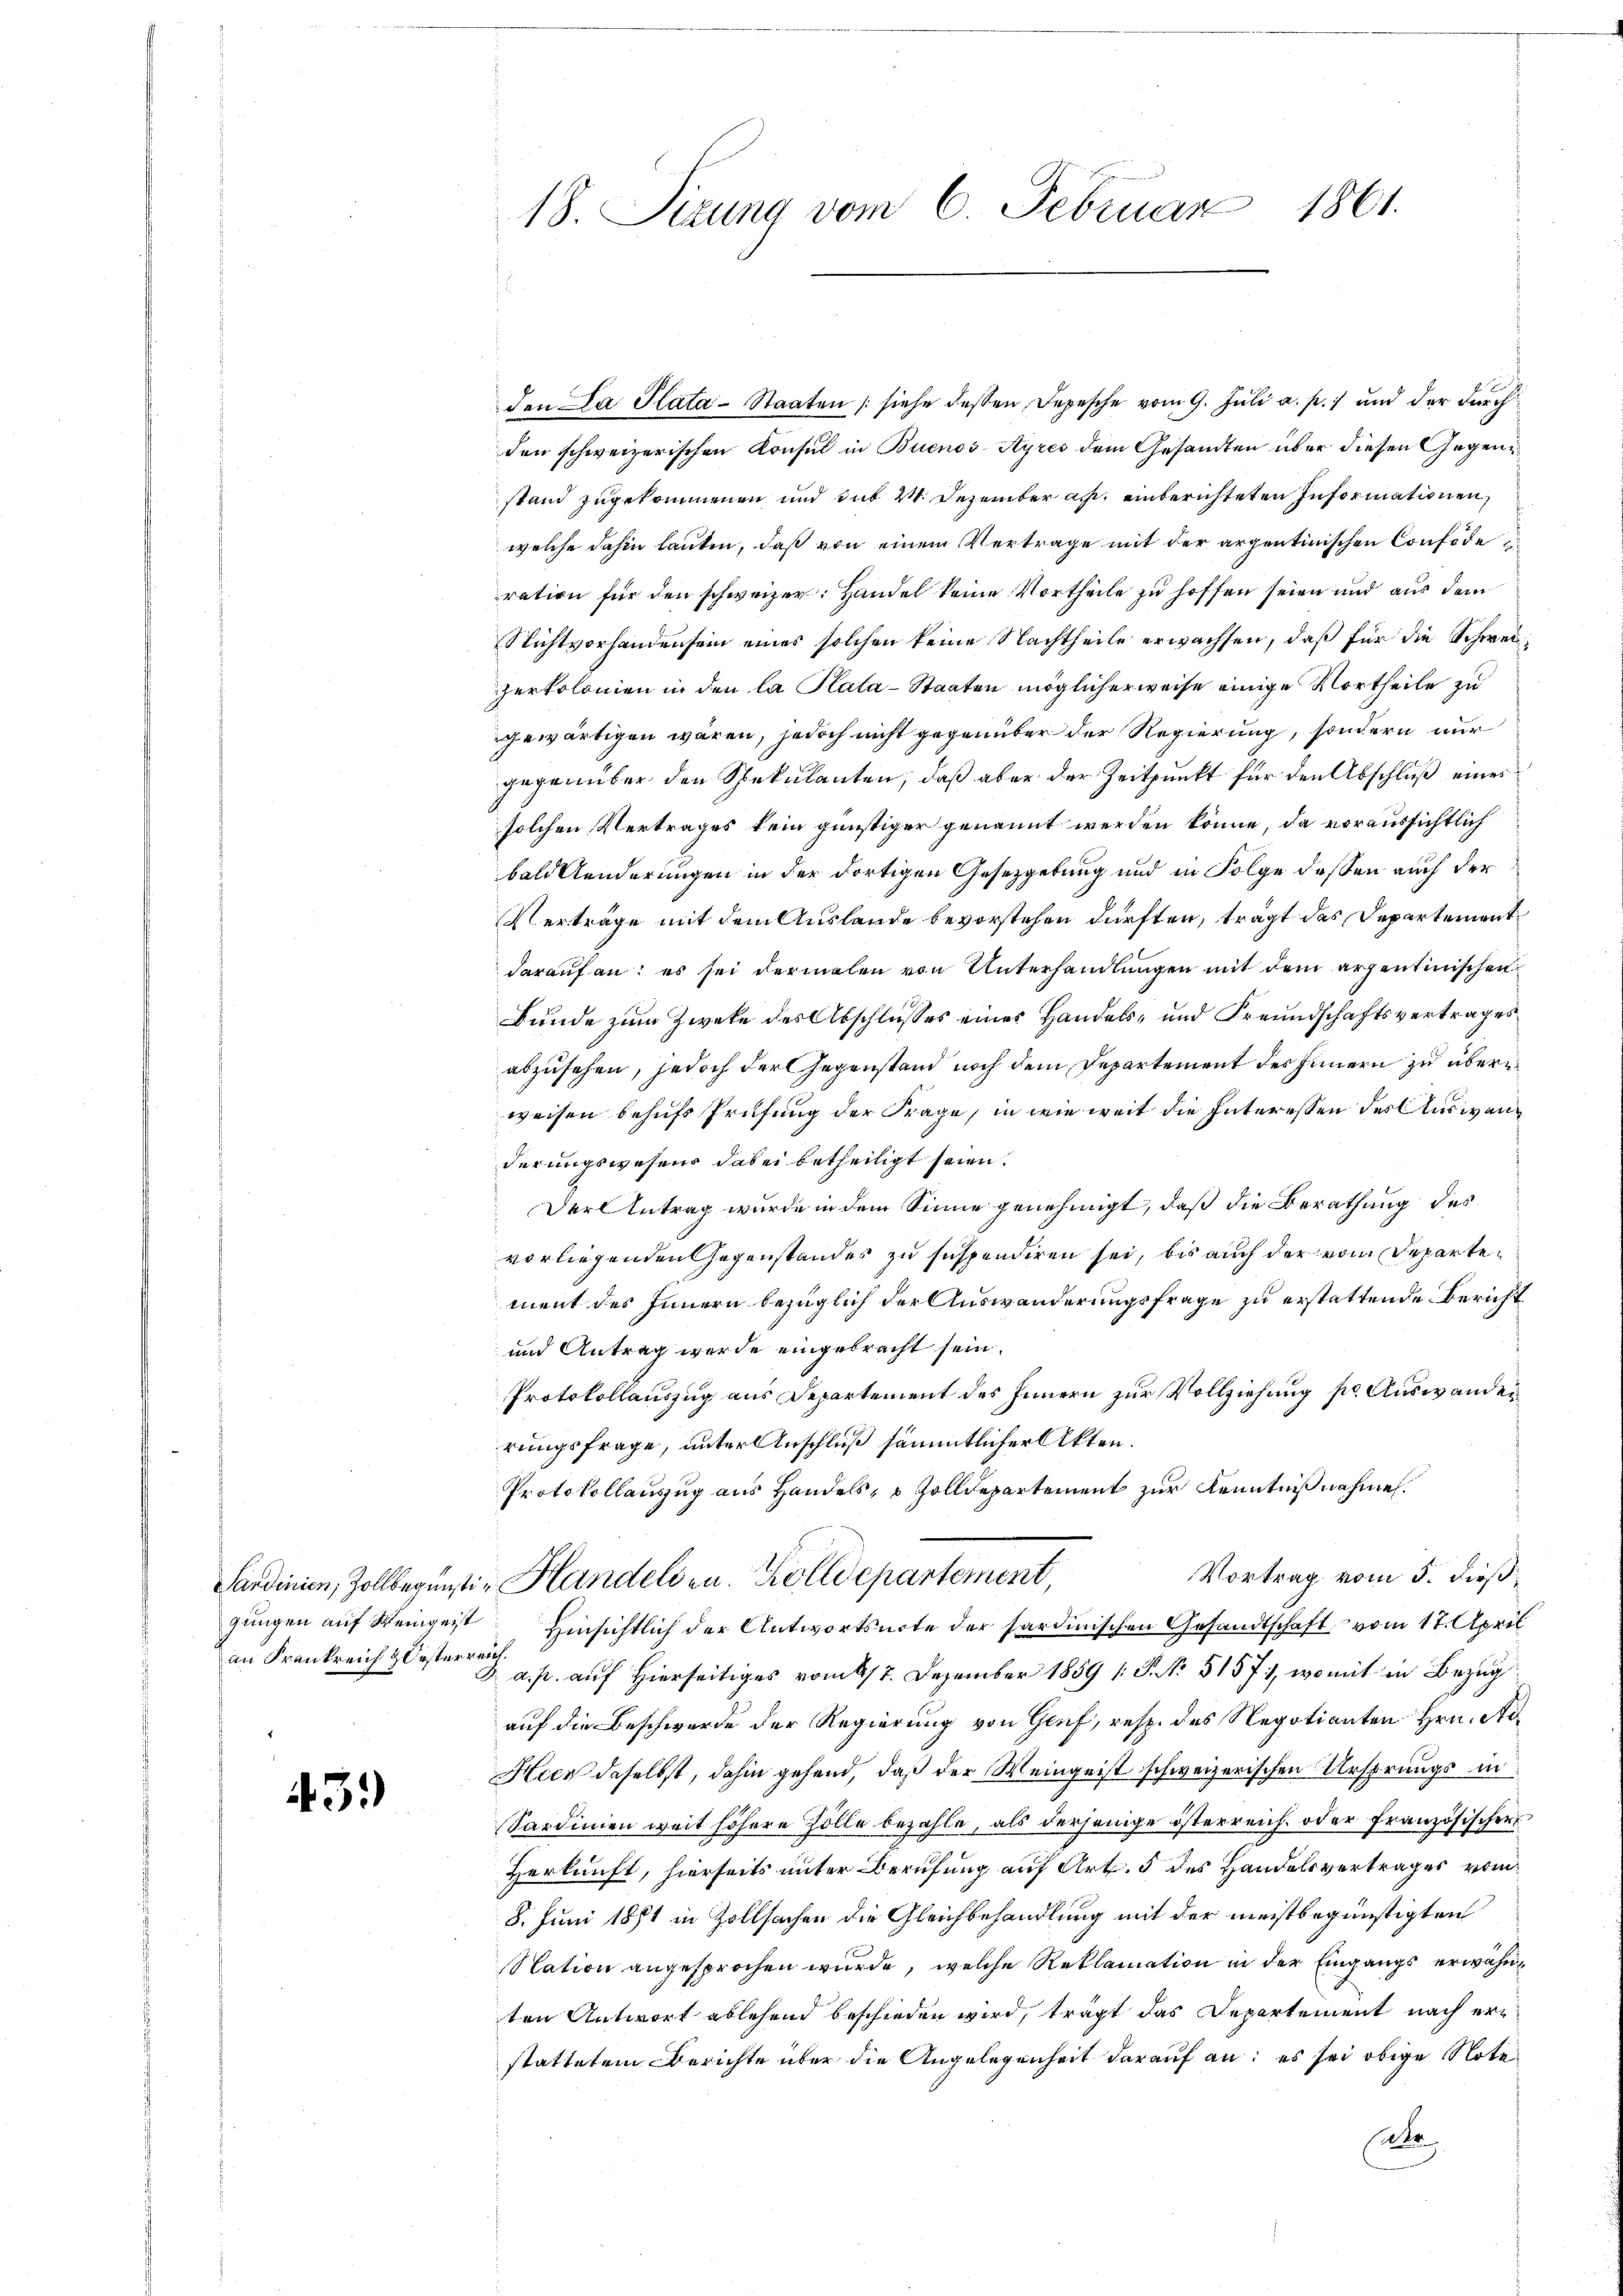
an Frankreich & Oesterreich.

43.)

18. Sizung vom 6. Februar 1861.

den a Plata-Staaten (siehe dessen Depesche vom 9. Juli a. p.) und der durch
den schweizerischen Konsul in Buenos-Ayres dem Gesandten über diesen Gegenstand zugekommenen und sub 2. Dezember a. einberichteten Informationen,
welche dahin lauten, daß von einem Vertrage mit der argentinischen Confode
ration für den schweizer: Handel keine Vortheile zu hoffen seien und aus dem
Nichtvorhanden sein eines solchen keine Nachtheile erwachsen, daß für die Schweizerkolonien in den la Plata-Staaten möglicherweise einige Vortheile zu
gewärtigen wären, jedoch nicht gegenüber der Regierung, sondern nur
gegenüber den Spekulanten, daß aber der Zeitpunkt für den Abschluß eines
solchen Vertrages kein günstiger genannt werden könne, da voraussichtlich
bald Aenderungen in der dortigen Gesetzgebung und in Folge dessen auch der
Verträge mit dem Auslande bevorstehen dürften, trägt das Departementdarauf an: es sei dermalen von Unterhandlungen mit dem erzentinischen
Bunde zum Zwecke des Abschlusses eines Handels- und Freundschaftsvertrages
abzusehen, jedoch der Gegenstand noch dem Departement des Innern zu überweisen behufs Prüfung der Frage, in wie weit die Interessen des Auswanderungswesens dabei betheiligt seien.
Der Antrag wurde in dem Sinne genehmigt, daß die Berathung des
vorliegenden Gegenstandes zu suspendiren sei, bis auch der vom Departement des Innern bezüglich der Auswanderungsfrage zu erstattende Bericht
und Antrag werde eingebracht sein.
Protokollauszug aus Departement des Innern zur Vollziehung pr. Auswander
rungsfrage, unter Anschluß sämmtlicher Akten.
Protokollauszug aus Handels- & Zolldepartement zur Kenntnißnahmen.
Vortrag vom 5. dieß
Sardinien, Zollbegünsti-Handelden. Zolldepartement,
gungen auf Weingeist. Hinsichtlich der Antwortsnote der Sardinischen Gesandtschaft vom 17. April
 a. p. auf Hierseitiges vom 17. Dezember 1859 1 S. Nr. 5157, womit in Bezug
auf die Beschwerde der Regierung von Genf, resp. des Negotianten Hrn. Ad¬
Heer daselbst, dahin gehend, daß der Weingeist schweizerischen Ursprungs in
Sardinien weit höhere Zölle bezahle, als derjenige österreich oder Französischer
Herkunft, hierseits unter Berufung auf Art. 5 des Handelsvertrages vom
8. Juni 1871 in Zollsachen die Gleichbehandlung mit der meistbegünstigten
Station angesprochen wurde, welche Reklamation in der Eingangs erwähnten Antwort ablehend beschieden wird, trägt das Departement nach erstattetem Berichte über die Angelegenheit darauf an: es sei obige Note
Ca